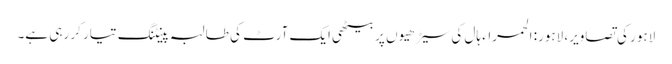
لاہور کی تصاویر، لاہور: الحمراء ہال کی سیڑھیوں پر بیٹھی ایک آرٹ کی طالبہ پینٹنگ تیار کر رہی ہے۔